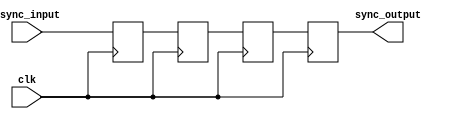
module cascade_synchronizer (
    input wire async_input,
    input wire clk,
    output reg sync_output
);

reg [3:0] stage1, stage2, stage3;

always @(posedge clk) begin
    stage1 <= async_input;
    stage2 <= stage1;
    stage3 <= stage2;
    sync_output <= stage3;
end

endmodule